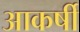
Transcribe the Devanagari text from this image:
आकर्षी